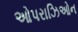
ઓપરાઝિઓન